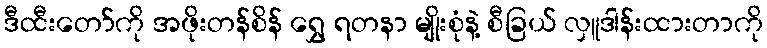
ဒီထီးတော်ကို အဖိုးတန်စိန် ရွှေ ရတနာ မျိုးစုံနဲ့ စီခြယ် လှူဒါန်းထားတာကို